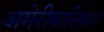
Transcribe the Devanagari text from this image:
अमेरीकास्थित